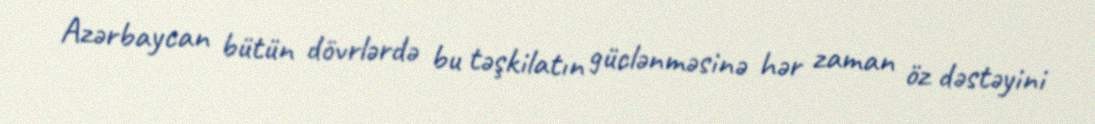
Azərbaycan bütün dövrlərdə bu təşkilatın güclənməsinə hər zaman öz dəstəyini